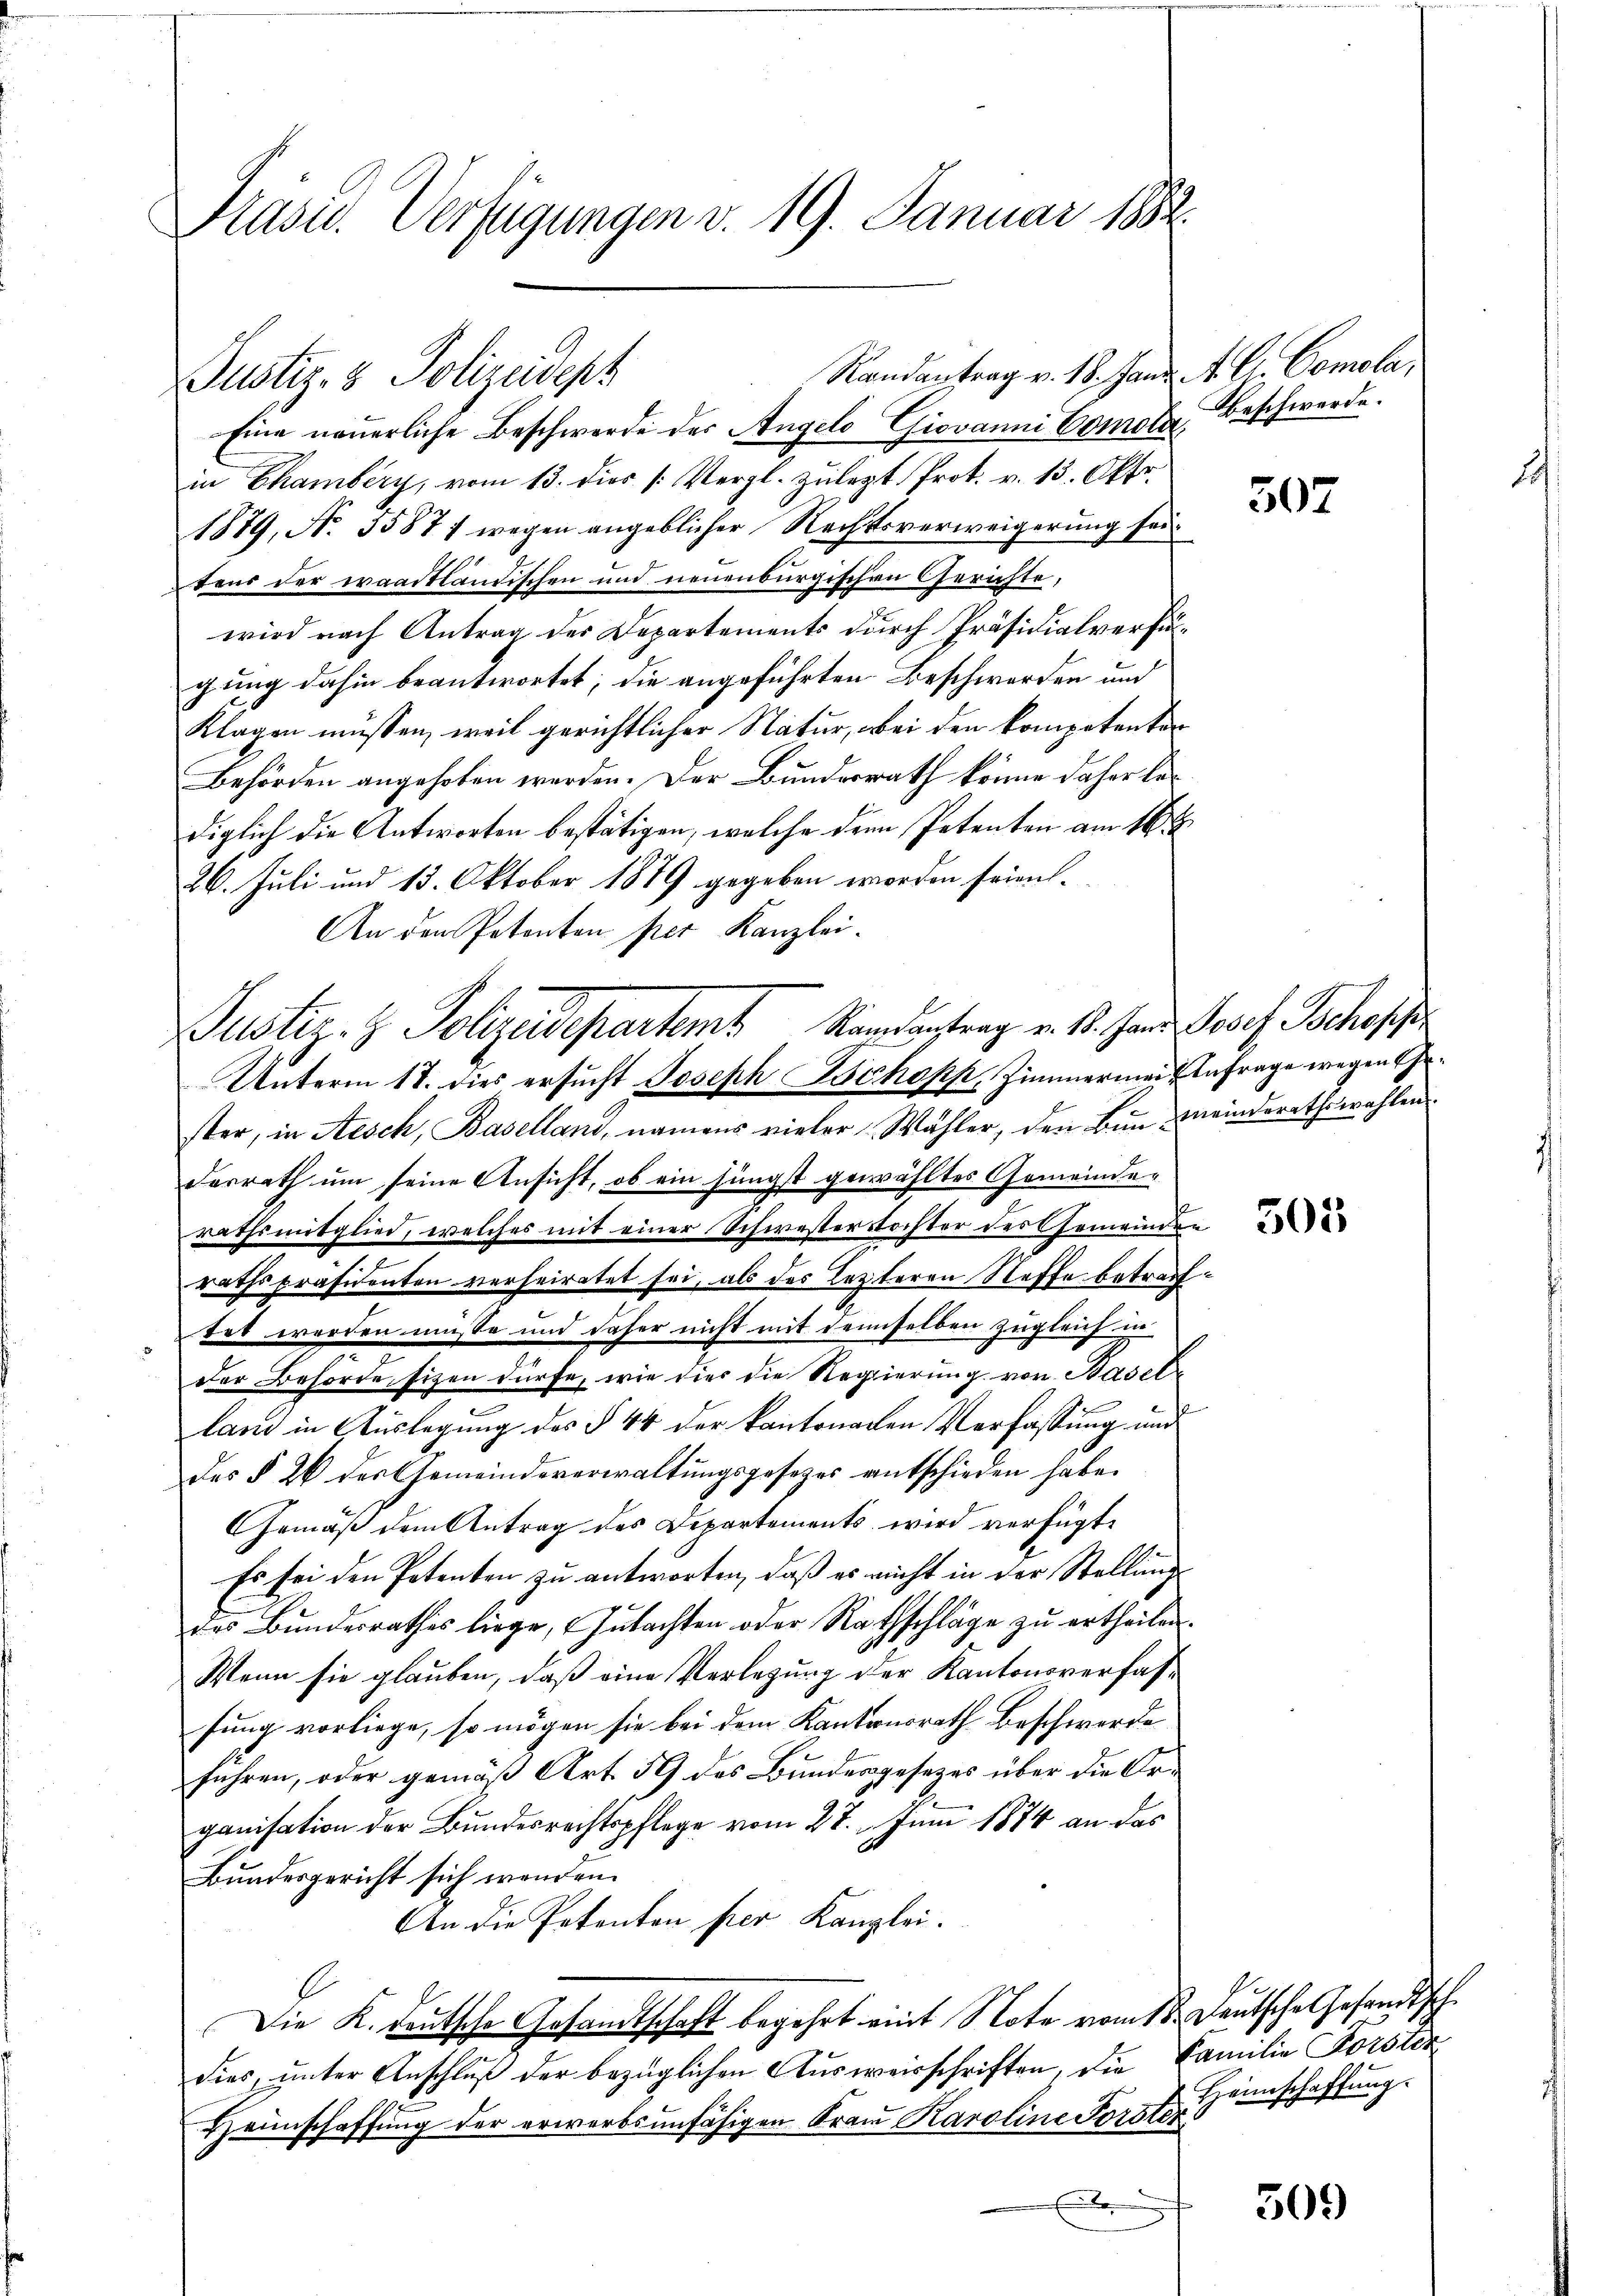
Präses Verfügungen v. 19. Januar 1882

Randantrag v. 18. Hand. A. C. Comola,
Justiz- & Polizeidept
Eine neuerliche Beschwerde des Angelo Giovanni Comola Beschwerde.
in Chamberg, vom 13. dies /: Vergl. zulezt Prot. v. 13. Okt.
1879, No. 35871 wegen angeblicher Rechtsverweigerung seitens der waadtländischen und neuenburgischen Gerichte,
wird nach Antrag des Departements durch Präsidialverfügung dahin beantwortet; die angeführten Beschwerden und
Klagen müssen, weil gerichtlicher Natur, bei den kompetenten
Behörden angehoben werden. Der Bundesrath könne daher bediglich die Antworten bestätigen, welche den Petenten am 16ten
26. Juli und 13. Oktober 1879 gegeben worden seien.
An den Petenten per Kanzlei.
Unterm 17. dies ersucht Joseph Bchopp, Zimmermei Anfrage wegen Gester, in Aesch, Baselland, namens vieler Wähler, den bin meinderathswahlen
derrath um seine Ansicht, ob ein jüngst gewähltes Gemeinde-
rathsmitglied, welches mit einer Schwesterstochter des Gemeinden
n
rathspräsidenten verheiratet sei, als des Lezteren Stoffe betreftet werden müsse und daher nicht mit demselben zugleich in
der Behörde sizen dürfe, wie dies die Regierung von Basele
land in Auslegung des § 44 der kantonachen Verfassung und
des § 26 des Gemeindeverwaltungsgesezes entschieden habe.
Gemäß dem Antrag des Departements wird verfügt:
Es sei den Petenten zu antworten, daß er nicht in der Stellungs
des Bundesrathes liege, Gutachten oder Rathschläge zu ertheilen.
Wenn sie glauben, daß eine Verlegung der Kantonsverfasfung vorliege, so mögen sie bei dem Kantonsrath Beschwerde
führen, oder gemäß Art. 59 des Bundesgesezes über die Organisation der Bundesrechtspflege vom 27. Juni 1874 an das
Bundesgericht sich wenden.
An die Petenten per Kanzlei.
Die K. Deutsche Gesandtschaft begehrt mit Note vom 18. Deutsche Gesandtsch.
dies, unter Anschluß der bezüglichen Ausweisschriften, die Familie Forster
Heimschaffung der erwerbsunfähigen Frau Karoline Forster

Puster. Z. Polizeidepartamt Ramantrag v. St. Hand Josef Schopp

507

503

Heimschaffung.

509